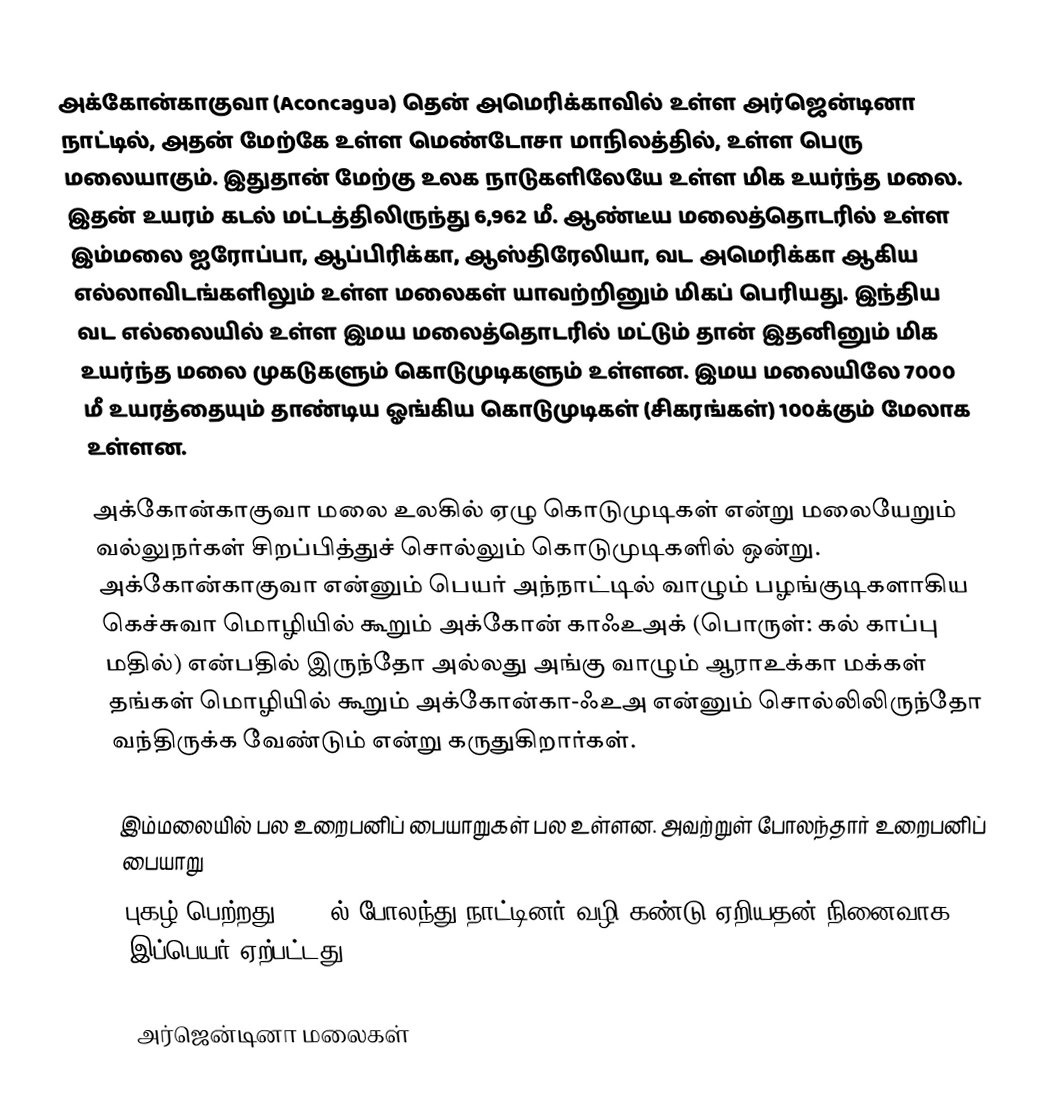
அக்கோன்காகுவா (Aconcagua) தென் அமெரிக்காவில் உள்ள அர்ஜென்டினா நாட்டில், அதன் மேற்கே உள்ள மெண்டோசா மாநிலத்தில், உள்ள பெரு மலையாகும். இதுதான் மேற்கு உலக நாடுகளிலேயே உள்ள மிக உயர்ந்த மலை. இதன் உயரம் கடல் மட்டத்திலிருந்து 6,962 மீ. ஆண்டீய மலைத்தொடரில் உள்ள இம்மலை ஐரோப்பா, ஆப்பிரிக்கா, ஆஸ்திரேலியா, வட அமெரிக்கா ஆகிய எல்லாவிடங்களிலும் உள்ள மலைகள் யாவற்றினும் மிகப் பெரியது. இந்திய வட எல்லையில் உள்ள இமய மலைத்தொடரில் மட்டும் தான் இதனினும் மிக உயர்ந்த மலை முகடுகளும் கொடுமுடிகளும் உள்ளன. இமய மலையிலே 7000 மீ உயரத்தையும் தாண்டிய ஓங்கிய கொடுமுடிகள் (சிகரங்கள்) 100க்கும் மேலாக உள்ளன.

அக்கோன்காகுவா மலை உலகில் ஏழு கொடுமுடிகள் என்று மலையேறும் வல்லுநர்கள் சிறப்பித்துச் சொல்லும்  கொடுமுடிகளில் ஒன்று. அக்கோன்காகுவா என்னும் பெயர் அந்நாட்டில் வாழும் பழங்குடிகளாகிய கெச்சுவா மொழியில் கூறும் அக்கோன் காஃஉஅக் (பொருள்: கல் காப்பு மதில்) என்பதில் இருந்தோ அல்லது அங்கு வாழும் ஆராஉக்கா மக்கள் தங்கள் மொழியில் கூறும் அக்கோன்கா-ஃஉஅ என்னும் சொல்லிலிருந்தோ வந்திருக்க வேண்டும் என்று கருதுகிறார்கள்.

இம்மலையில் பல உறைபனிப் பையாறுகள் பல உள்ளன. அவற்றுள் போலந்தார் உறைபனிப் பையாறு
புகழ் பெற்றது. 1934ல் போலந்து நாட்டினர் வழி கண்டு ஏறியதன் நினைவாக இப்பெயர் ஏற்பட்டது.

அர்ஜென்டினா மலைகள்